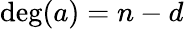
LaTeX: \deg(a)=n-d